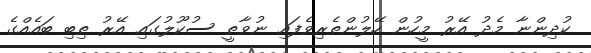
ކުދިންނާ މެދު އޭރު މީހުން ހޭލުންތެރިވެފައި ނުވާތީ ސުކޫލުގައި އޭރު ތިބި ބައެއްގެ